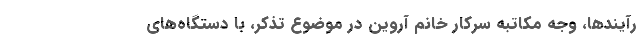
رآيندها، وجه مكاتبه سركار خانم آروين در موضوع تذكر، با دستگاه‌هاي